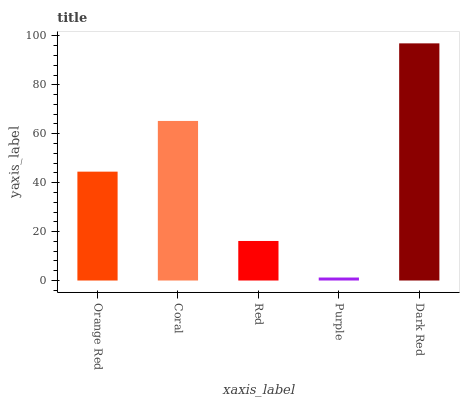
| xaxis_label | bars |
 | --- | --- |
 | Orange Red | 44.5 |
 | Coral | 65.2 |
 | Red | 16.2 |
 | Purple | 1.23 |
 | Dark Red | 97 |